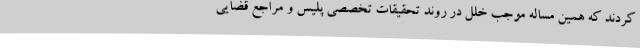
کردند که همین مساله موجب خلل در روند تحقیقات تخصصی پلیس و مراجع قضایی